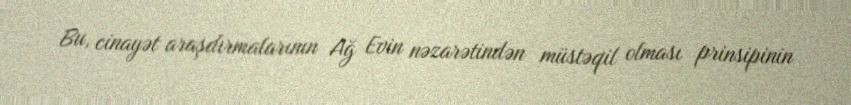
Bu, cinayət araşdırmalarının Ağ Evin nəzarətindən müstəqil olması prinsipinin